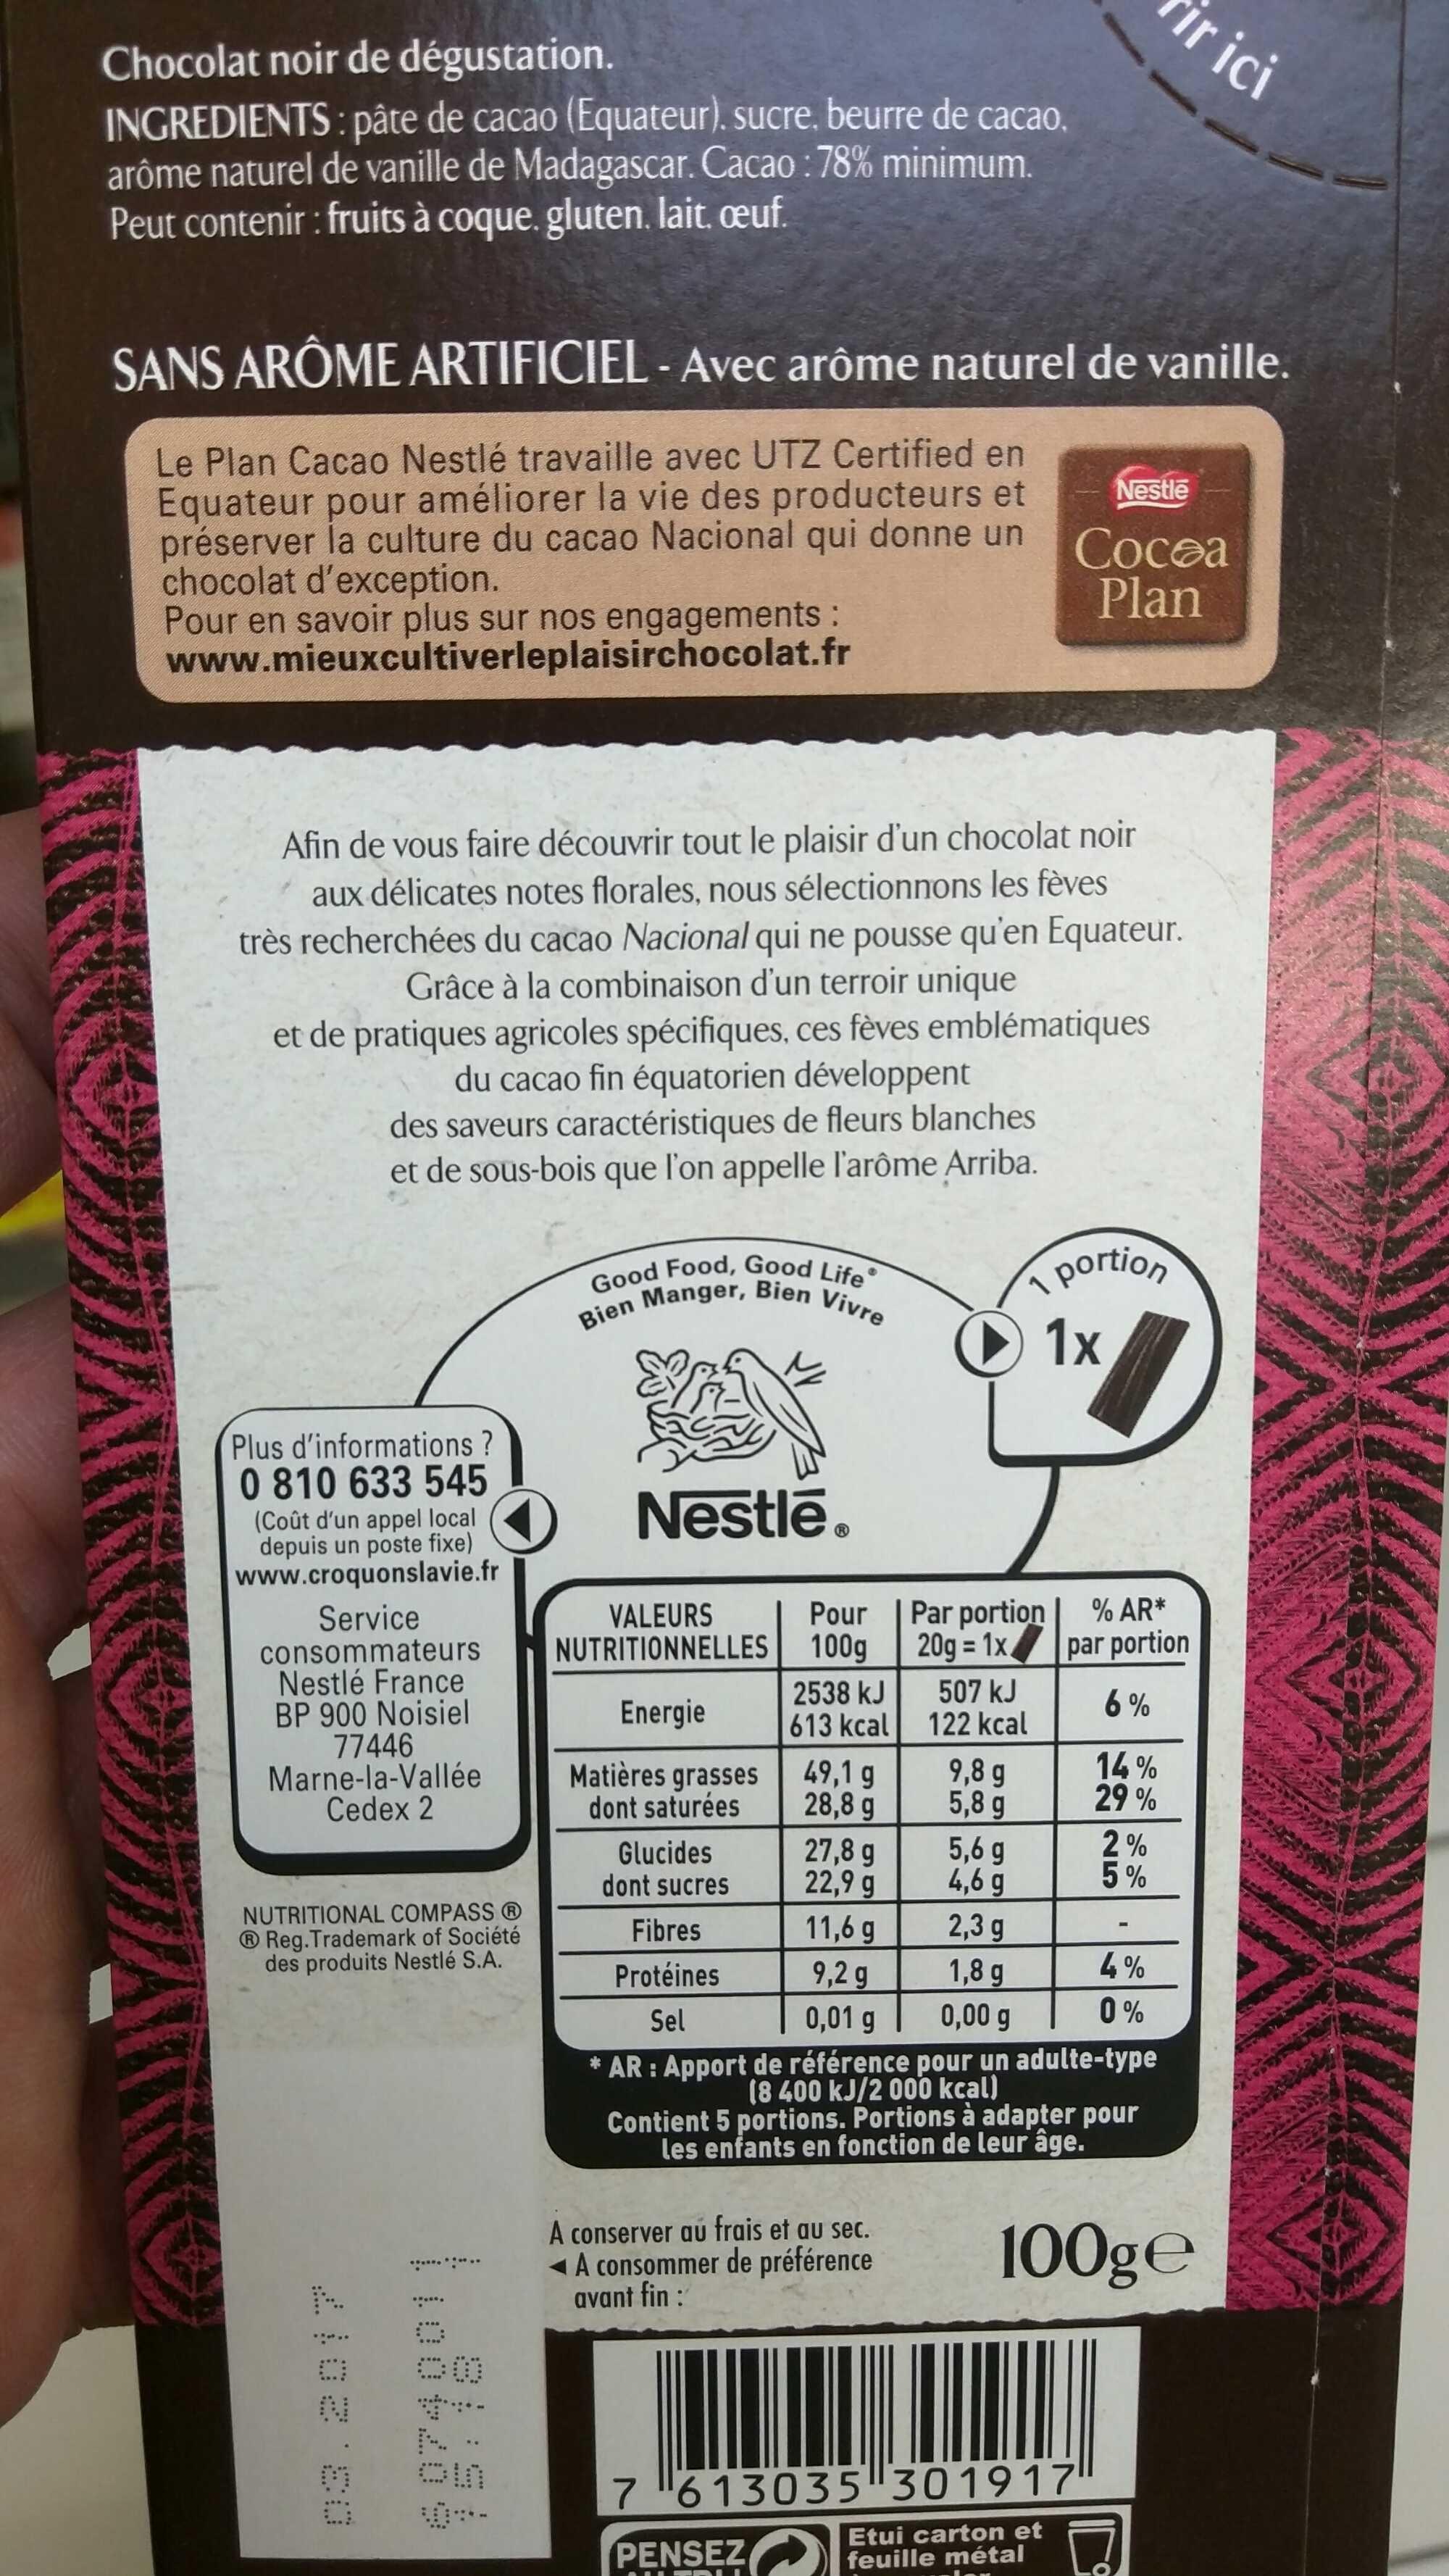
Chocolat noir de dégustation.
INGREDIENTS: pâte de cacao (Equateur), sucre, beurre de cacao. arôme naturel de vanille de Madagascar. Cacao : 78% minimum. Peut contenir : fruits à coque. gluten. lait, œuf.
SANS ARÔME ARTIFICIEL - Avec arôme naturel de vanille.
Le Plan Cacao Nestlé travaille avec UTZ Certified en Equateur pour améliorer la vie des producteurs et préserver la culture du cacao Nacional qui donne un chocolat d'exception.
All
Pour en savoir plus sur nos engagements : www.mieuxcultiverleplaisirchocolat.fr
Afin de vous faire découvrir tout le plaisir d'un chocolat noir aux délicates notes florales, nous sélectionnons les fèves très recherchées du cacao Nacional qui ne pousse qu'en Equateur. Grâce à la combinaison d'un terroir unique
et de pratiques agricoles spécifiques, ces fèves emblématiques
du cacao fin équatorien développent
des saveurs caractéristiques de fleurs blanches et de sous-bois que l'on appelle l'arôme Arriba.
Plus d'informations? 0 810 633 545
(Coût d'un appel local depuis un poste fixe) www.croquonslavie.fr Service
consommateurs Nestlé France BP 900 Noisiel
77446 Marne-la-Vallée Cedex 2
NUTRITIONAL COMPASS Ⓡ Ⓡ Reg.Trademark of Société des produits Nestlé S.A.
Good Food, Good Life Bien Manger, Bien Vivre
Nestlé®
VALEURS NUTRITIONNELLES
Energie
Matières grasses
dont saturées
Glucides
dont sucres
Pour
100g
2538 kJ
613 kcal
49,1 g
28,8 g
PENSEZ
MTRU
27,8 g
22,9 g
11,6 g
9,2 g
0,01 g
A conserver au frais et au sec. A consommer de préférence avant fin :
Par portion
20g=1x
507 kJ
122 kcal
9,8 g
5,8 g
5,6 g
4,6 g
1
2,3 g
1,8 g
0,00 g
Nestle
Cocoa Plan
portion 1x
% AR* par portion
6%
14%
29%
Fibres Protéines
Sel
* AR : Apport de référence pour un adulte-type (8 400 kJ/2 000 kcal) Contient 5 portions. Portions à adapter pour les enfants en fonction de leur âge.
100ge
7613035 301917
Etui carton et feuille métal
P
2%
5%
ir ici
H
4%
0%